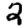
Digit: 2